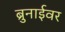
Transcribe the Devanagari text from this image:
ब्रुनाईवर